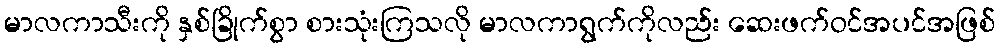
မာလကာသီးကို နှစ်ခြိုက်စွာ စားသုံးကြသလို မာလကာရွက်ကိုလည်း ဆေးဖက်ဝင်အပင်အဖြစ်